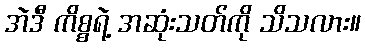
အဲဒီ ကိစ္စရဲ့ အဆုံးသတ်ကို သိသလား။